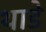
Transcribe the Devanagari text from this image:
थाडे